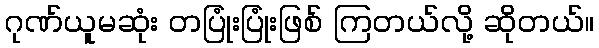
ဂုဏ်ယူမဆုံး တပြုံးပြုံးဖြစ် ကြတယ်လို့ ဆိုတယ်။